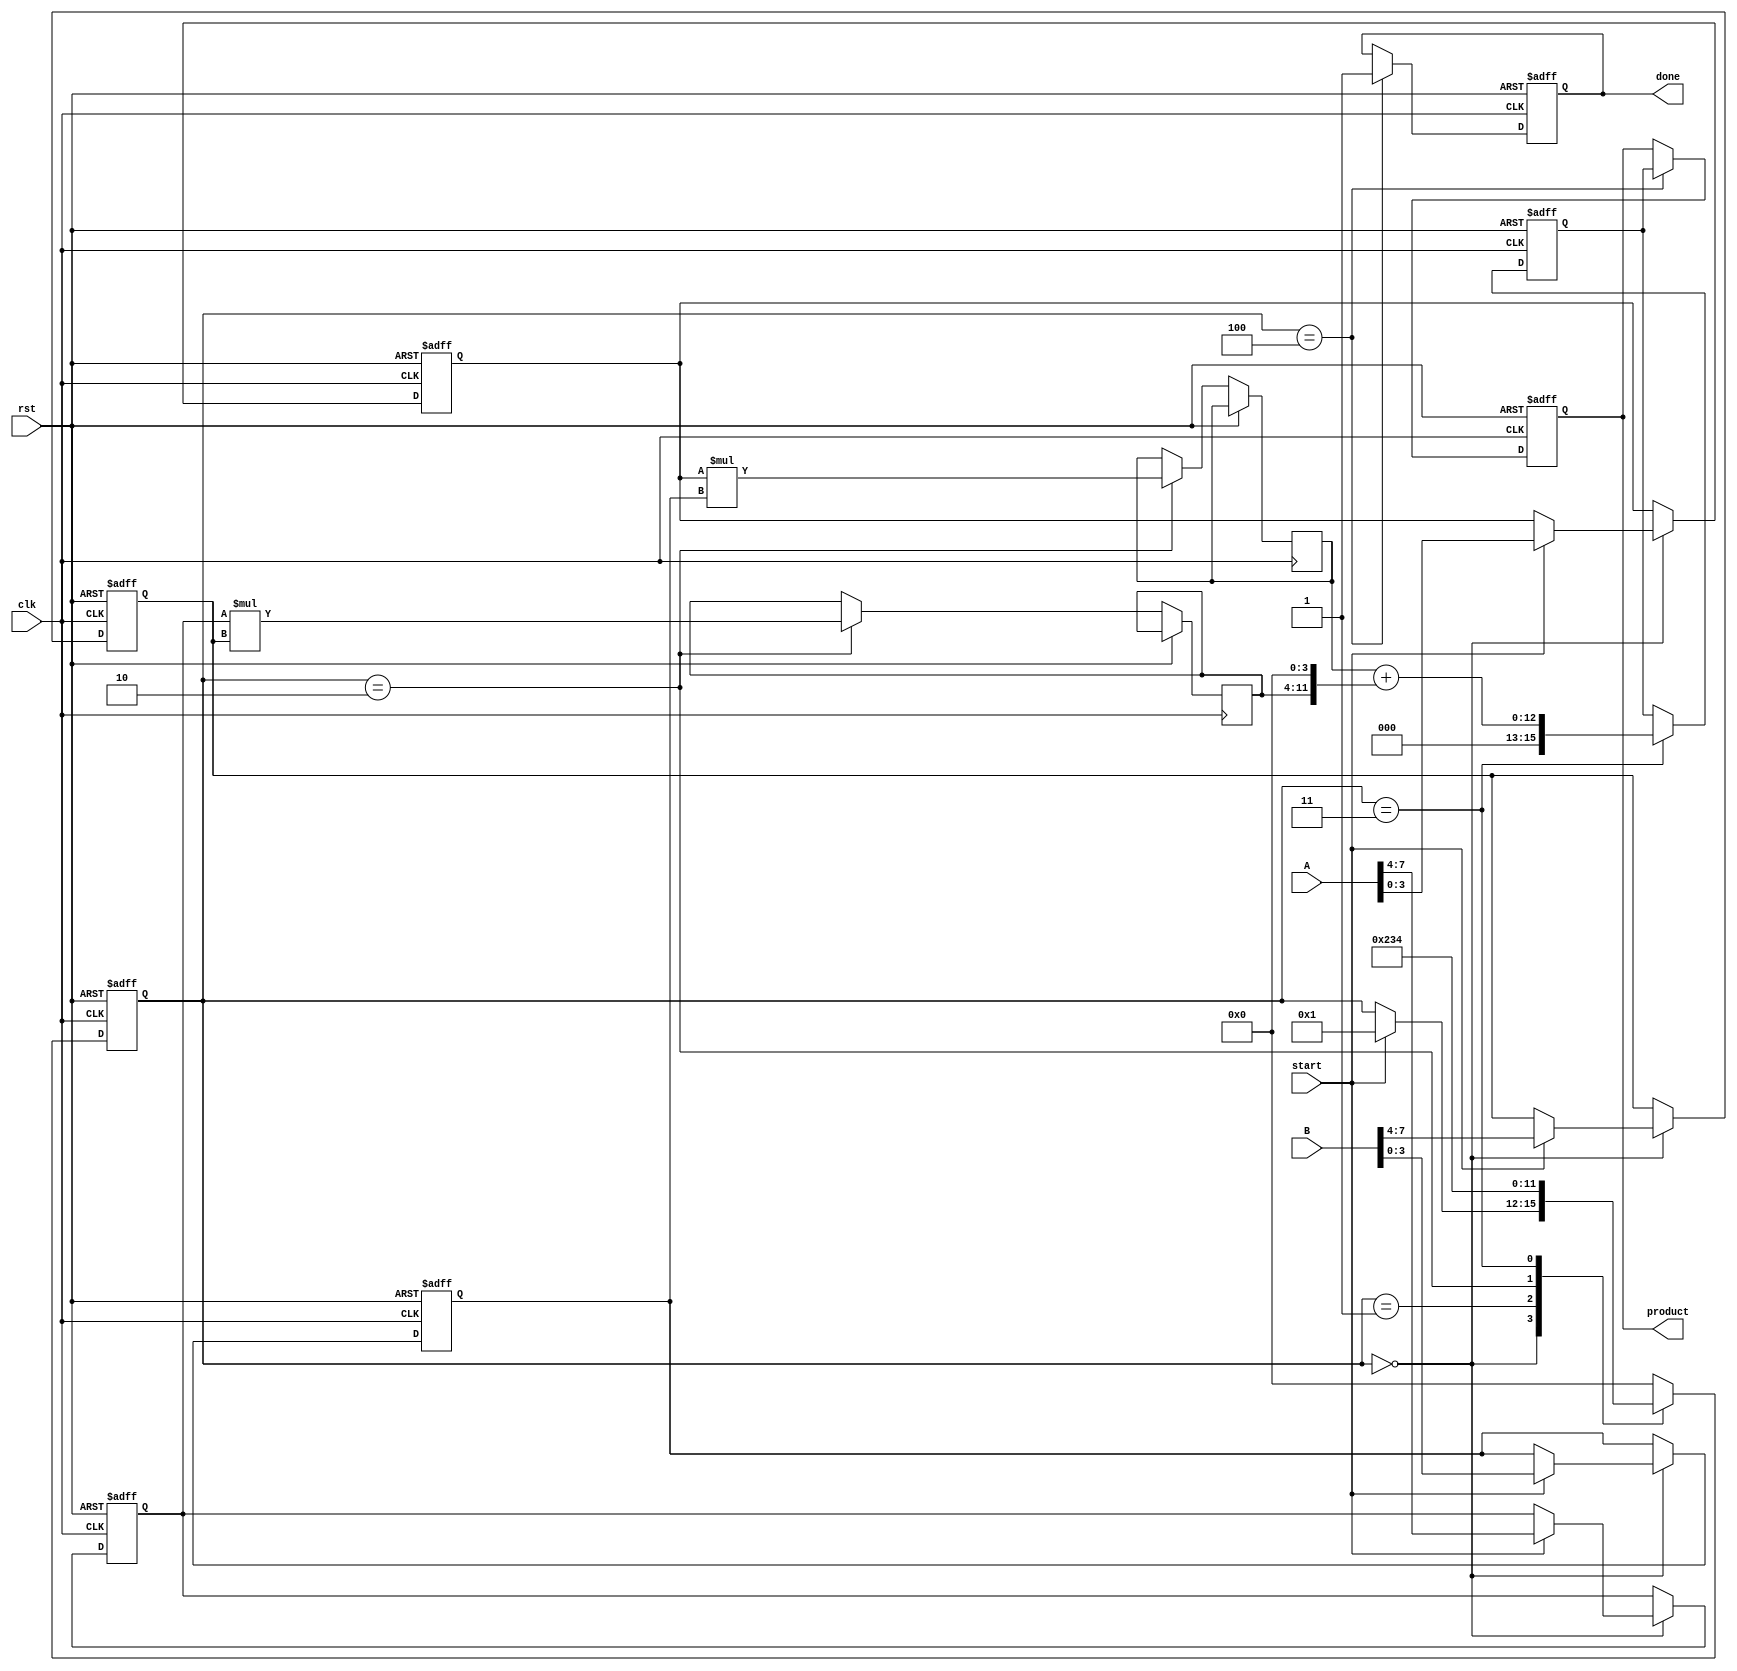
module pipelined_sliced_multiplier (
    input clk,
    input rst,
    input [7:0] A, // First operand
    input [7:0] B, // Second operand
    input start,    // Start signal for multiplication
    output reg [15:0] product, // Final product output
    output reg done // Done signal
);

    // Internal signals
    reg [3:0] state; // State for control logic
    reg [3:0] slice_A [1:0]; // Slices of A
    reg [3:0] slice_B [1:0]; // Slices of B
    reg [7:0] partial_product [1:0]; // Partial products
    reg [15:0] accumulator; // Accumulator for final product

    // State encoding
    localparam IDLE = 4'b0000,
               LOAD = 4'b0001,
               MULTIPLY = 4'b0010,
               ACCUMULATE = 4'b0011,
               OUTPUT = 4'b0100;

    // Slicing the operands into two 4-bit slices
    always @(posedge clk or posedge rst) begin
        if (rst) begin
            slice_A[0] <= 4'b0;
            slice_A[1] <= 4'b0;
            slice_B[0] <= 4'b0;
            slice_B[1] <= 4'b0;
            accumulator <= 16'b0;
            product <= 16'b0;
            state <= IDLE;
            done <= 1'b0;
        end else begin
            case (state)
                IDLE: begin
                    if (start) begin
                        // Load the slices
                        slice_A[0] <= A[3:0];
                        slice_A[1] <= A[7:4];
                        slice_B[0] <= B[3:0];
                        slice_B[1] <= B[7:4];
                        state <= LOAD;
                    end
                end

                LOAD: begin
                    // Move to multiplication stage
                    state <= MULTIPLY;
                end

                MULTIPLY: begin
                    // Compute partial products
                    partial_product[0] <= slice_A[0] * slice_B[0];
                    partial_product[1] <= slice_A[1] * slice_B[1];
                    state <= ACCUMULATE;
                end

                ACCUMULATE: begin
                    // Accumulate the partial products
                    accumulator <= partial_product[0] + (partial_product[1] << 4); // Shift for position
                    state <= OUTPUT;
                end

                OUTPUT: begin
                    // Output the final product
                    product <= accumulator;
                    done <= 1'b1; // Indicate completion
                    state <= IDLE; // Go back to idle
                end

                default: state <= IDLE; // Default case
            endcase
        end
    end
endmodule